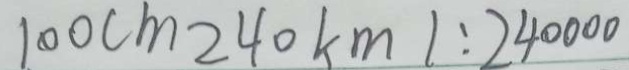
1 0 0 c m 2 4 0 k m 1 : 2 4 0 0 0 0